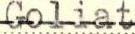
Goliat